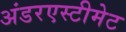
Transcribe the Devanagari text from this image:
अंडरएस्टीमेट